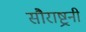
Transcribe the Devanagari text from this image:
सौराष्ट्रनी